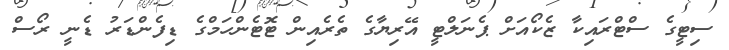
ސިޓީގެ ސްޓްރައިކާ ޒެކޯއަށް ޕެނަލްޓީ އޭރިޔާގެ ތެރެއިން ޓޮޓެންހަމްގެ ޑިފެންޑަރު ޑެނީ ރޯސް